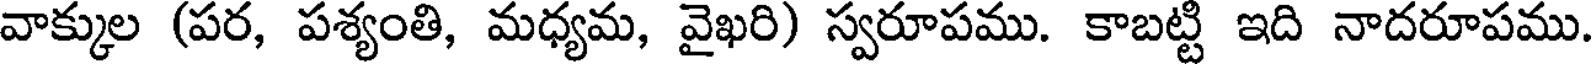
వాక్కుల (పర, పశ్యంతి, మధ్యమ, వైఖరి) స్వరూపము. కాబట్టి ఇది నాదరూపము.